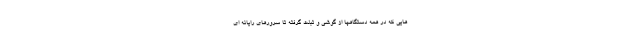
هایی که در همه دستگاهها از گوشی و تبلت گرفته تا سرورهای رایانه ای